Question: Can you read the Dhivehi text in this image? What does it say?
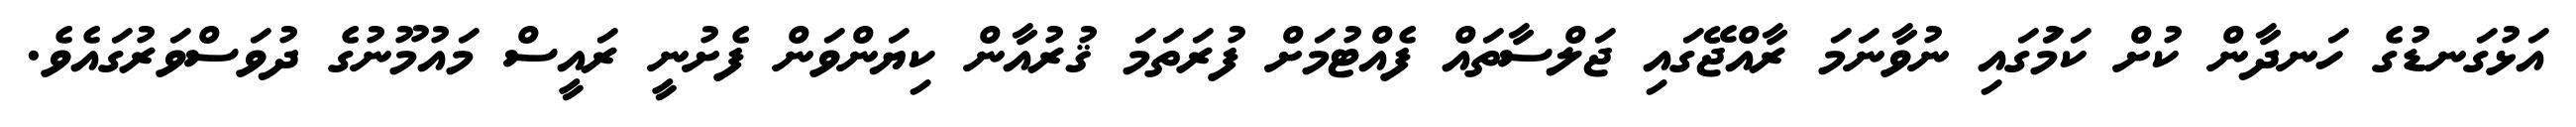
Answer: އަޅުގަނޑުގެ ހަނދާން ކުށް ކަމުަގައި ނުވާނަމަ ރާއްޖޭގައި ޖަލްސާތައް ފެއްޓުމަށް ފުރަތަމަ ޤުރުއާން ކިޔަންވަން ފެށުނީ ރައީސް މައުމޫނުގެ ދުވަސްވަރުގައެވެ.